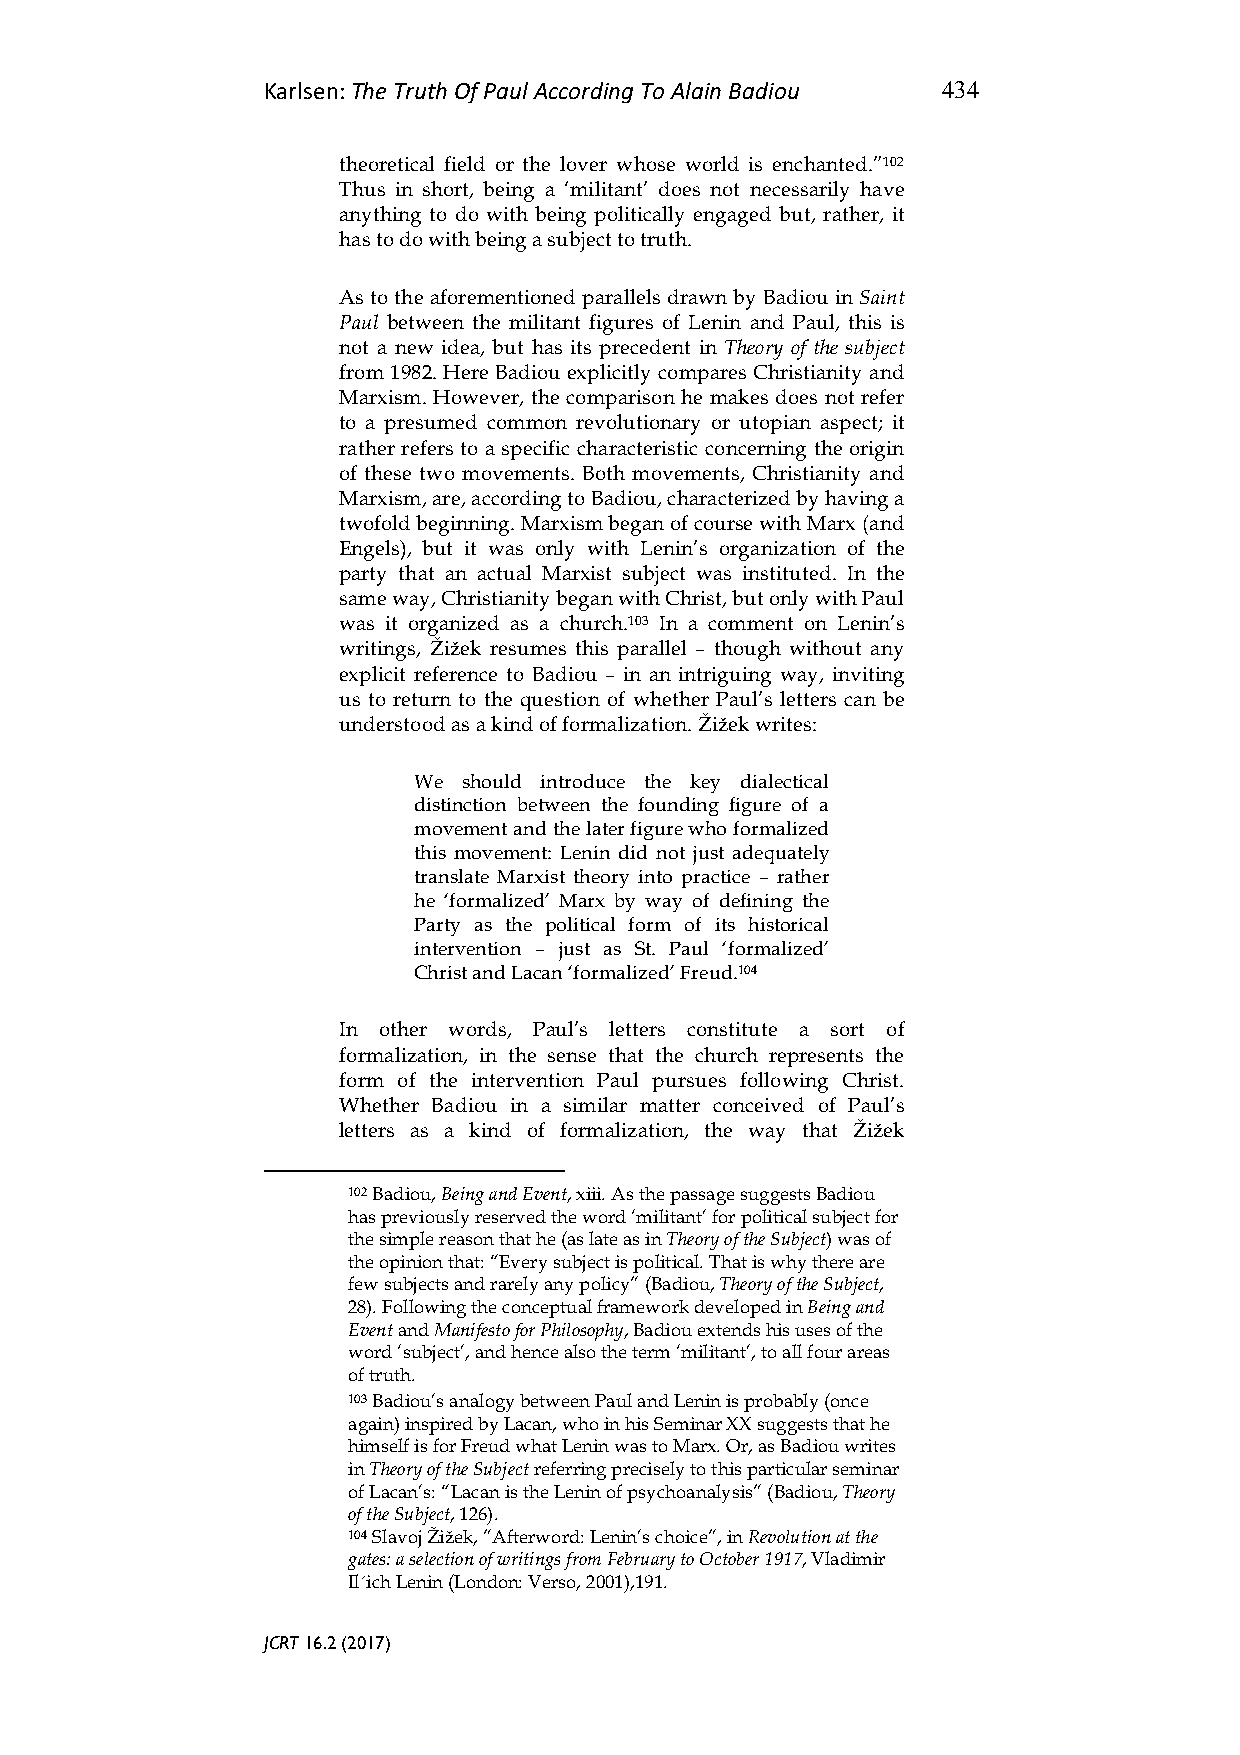
Karlsen: The Truth Of Paul According To Alain Badiou 434
 theoretical field or the lover whose world is enchanted.”102
 Thus in short, being a ‘militant’ does not necessarily have
 anything to do with being politically engaged but, rather, it
 has to do with being a subject to truth.
 As to the aforementioned parallels drawn by Badiou in Saint
 Paul between the militant figures of Lenin and Paul, this is
 not a new idea, but has its precedent in Theory of the subject
 from 1982. Here Badiou explicitly compares Christianity and
 Marxism. However, the comparison he makes does not refer
 to a presumed common revolutionary or utopian aspect; it
 rather refers to a specific characteristic concerning the origin
 of these two movements. Both movements, Christianity and
 Marxism, are, according to Badiou, characterized by having a
 twofold beginning. Marxism began of course with Marx (and
 Engels), but it was only with Lenin’s organization of the
 party that an actual Marxist subject was instituted. In the
 same way, Christianity began with Christ, but only with Paul
 was it organized as a church.103 In a comment on Lenin’s
 writings, Žižek resumes this parallel – though without any
 explicit reference to Badiou – in an intriguing way, inviting
 us to return to the question of whether Paul’s letters can be
 understood as a kind of formalization. Žižek writes:
 We  should introduce the key dialectical
 distinction between the founding figure of a
 movement and the later figure who formalized
 this movement: Lenin did not just adequately
 translate Marxist theory into practice – rather
 he ‘formalized’ Marx by way of defining the
 Party as the political form of its historical
 intervention – just as St. Paul ‘formalized’
 Christ and Lacan ‘formalized’ Freud.104
 In other words, Paul’s letters constitute a sort of
 formalization, in the sense that the church represents the
 form of the intervention Paul pursues following Christ.
 Whether Badiou in a similar matter conceived of Paul’s
 letters as a kind of formalization, the way that Žižek
 102 Badiou, Being and Event, xiii. As the passage suggests Badiou
 has previously reserved the word ‘militant’ for political subject for
 the simple reason that he (as late as in Theory of the Subject) was of
 the opinion that: “Every subject is political. That is why there are
 few subjects and rarely any policy” (Badiou, Theory of the Subject,
 28). Following the conceptual framework developed in Being and
 Event and Manifesto for Philosophy, Badiou extends his uses of the
 word ‘subject’, and hence also the term ‘militant’, to all four areas
 of truth.
 103 Badiou’s analogy between Paul and Lenin is probably (once
 again) inspired by Lacan, who in his Seminar XX suggests that he
 himself is for Freud what Lenin was to Marx. Or, as Badiou writes
 in Theory of the Subject referring precisely to this particular seminar
 of Lacan’s: “Lacan is the Lenin of psychoanalysis” (Badiou, Theory
 of the Subject, 126).
 104 Slavoj Žižek, ”Afterword: Lenin’s choice”, in Revolution at the
 gates: a selection of writings from February to October 1917, Vladimir
 Il´ich Lenin (London: Verso, 2001),191.
 JCRT 16.2 (2017)